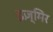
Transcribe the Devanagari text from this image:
इज़्मिर